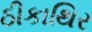
ઠીકાથિર